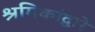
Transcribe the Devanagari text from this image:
श्रमिकांद्वारे